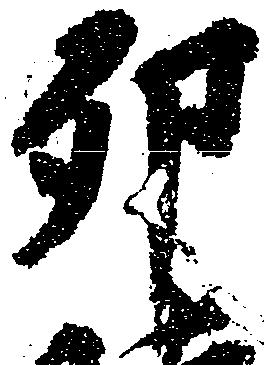
卯